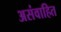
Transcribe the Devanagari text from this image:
असंवाहित